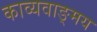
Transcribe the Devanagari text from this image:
काव्यवाङ्‌मय